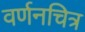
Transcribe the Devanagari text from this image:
वर्णनचित्र